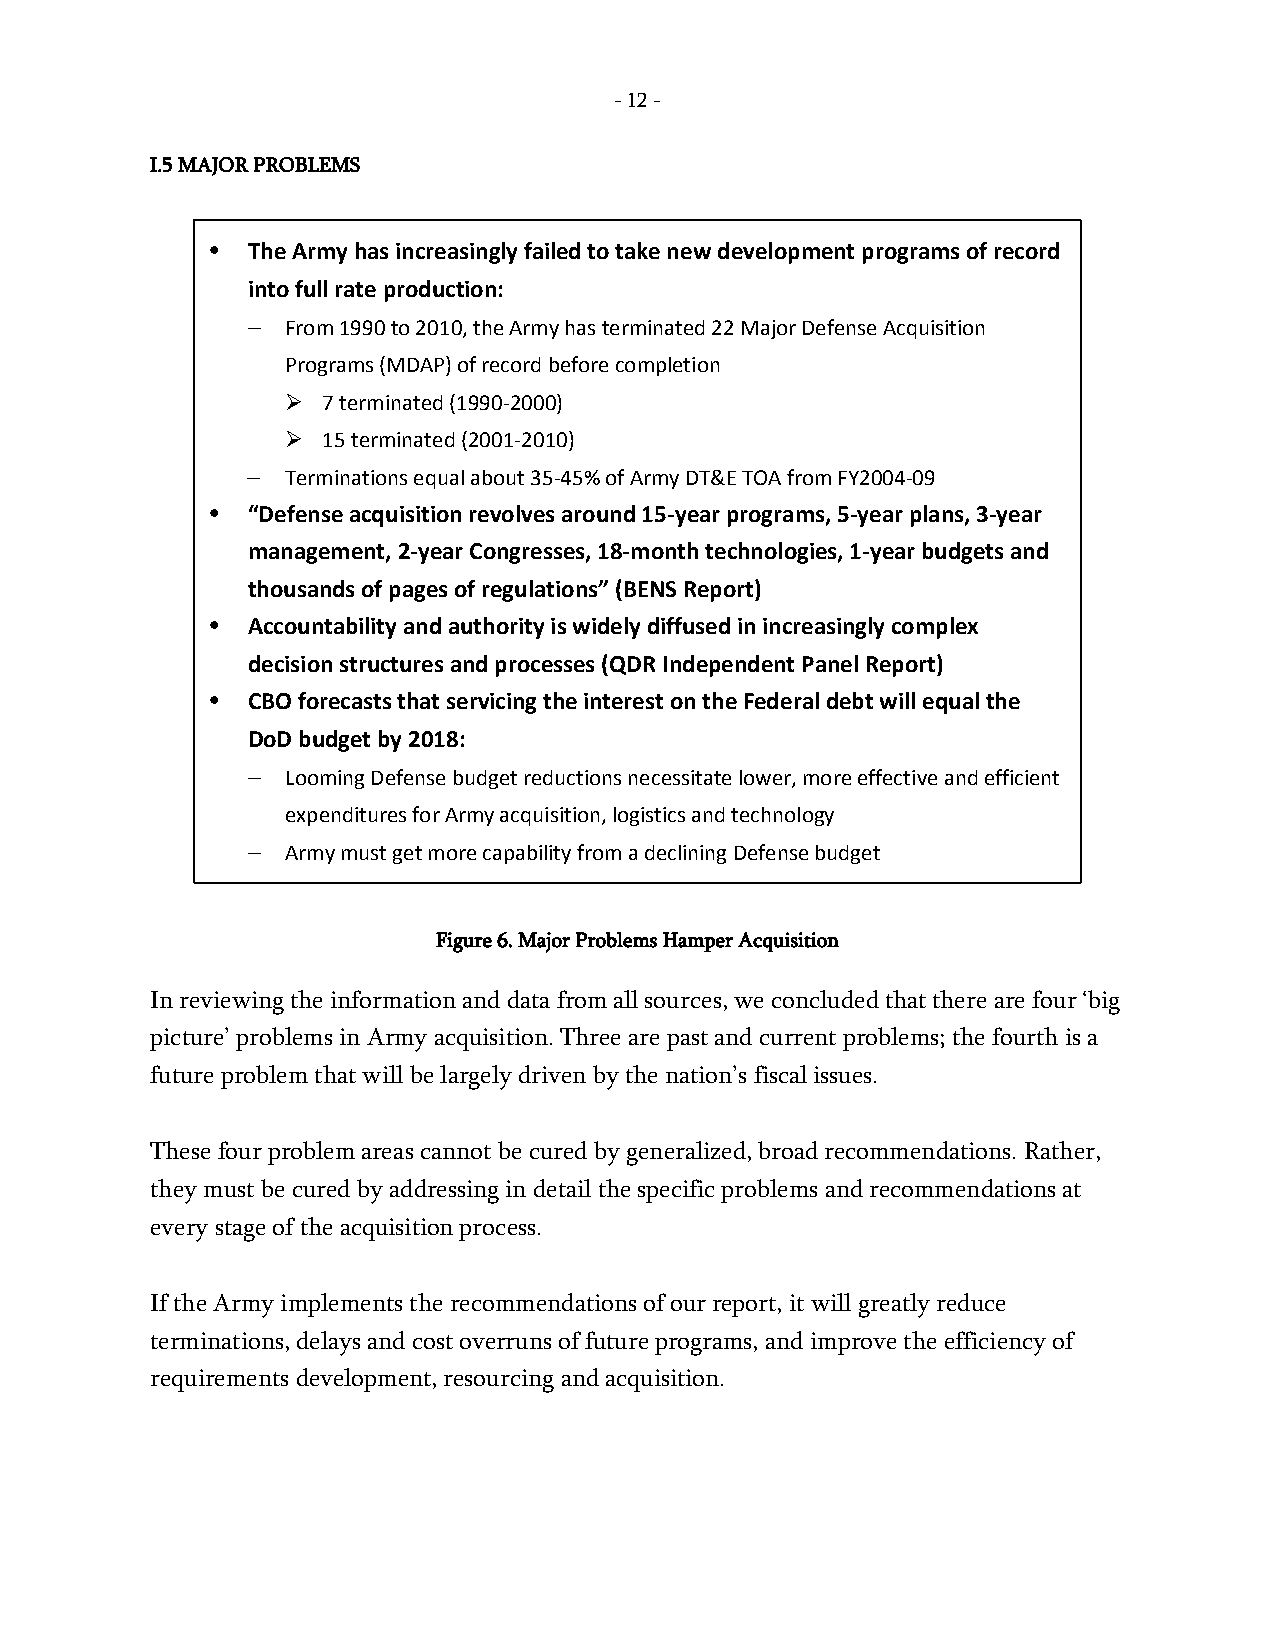
- 12 -
 I.5 MAJOR PROBLEMS
 • The Army has increasingly failed to take new development programs of record
 into full rate production:
 –  From 1990 to 2010, the Army has terminated 22 Major Defense Acquisition
 Programs (MDAP) of record before completion
  7 terminated (1990-2000)
  15 terminated (2001-2010)
 –  Terminations equal about 35-45% of Army DT&E TOA from FY2004-09
 • “Defense acquisition revolves around 15-year programs, 5-year plans, 3-year
 management, 2-year Congresses, 18-month technologies, 1-year budgets and
 thousands of pages of regulations” (BENS Report)
 • Accountability and authority is widely diffused in increasingly complex
 decision structures and processes (QDR Independent Panel Report)
 • CBO forecasts that servicing the interest on the Federal debt will equal the
 DoD budget by 2018:
 –  Looming Defense budget reductions necessitate lower, more effective and efficient
 expenditures for Army acquisition, logistics and technology
 –  Army must get more capability from a declining Defense budget
 Figure 6. Major Problems Hamper Acquisition
 In reviewing the information and data from all sources, we concluded that there are four ‘big
 picture’ problems in Army acquisition. Three are past and current problems; the fourth is a
 future problem that will be largely driven by the nation’s fiscal issues.
 These four problem areas cannot be cured by generalized, broad recommendations. Rather,
 they must be cured by addressing in detail the specific problems and recommendations at
 every stage of the acquisition process.
 If the Army implements the recommendations of our report, it will greatly reduce
 terminations, delays and cost overruns of future programs, and improve the efficiency of
 requirements development, resourcing and acquisition.